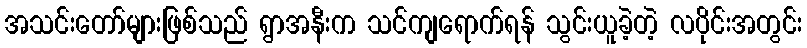
အသင်းတော်များဖြစ်သည် ရွာအနီးက သင်ကျရောက်ရန် သွင်းယူခဲ့တဲ့ လပိုင်းအတွင်း